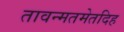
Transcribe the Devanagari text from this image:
तावन्मतमेतदिह